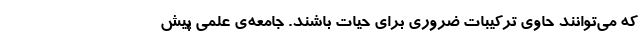
که می‌توانند حاوی ترکیبات ضروری برای حیات باشند. جامعه‌ی علمی پیش